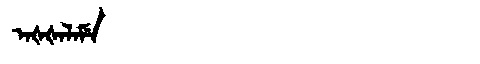
Manchu: ᠠᡧᡧᠠᠯᠠᠮᡝ
Romanization: AŠŠALAME